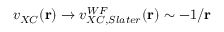
v _ { X C } ( \mathbf { r } ) \to v _ { X C , S l a t e r } ^ { W F } ( \mathbf { r } ) \sim - 1 / \mathbf { r }